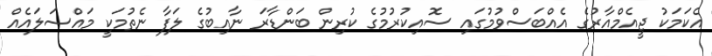
އެކަމަކު ޖީއެމްއާރުގެ އެއްބަސްވުމުގައި ސޮއިކުރުމުގެ ކުރިން ބަންޑާރަ ނާއިބުގެ ލަފާ ނެތުމަކީ މައްސަލައެއް